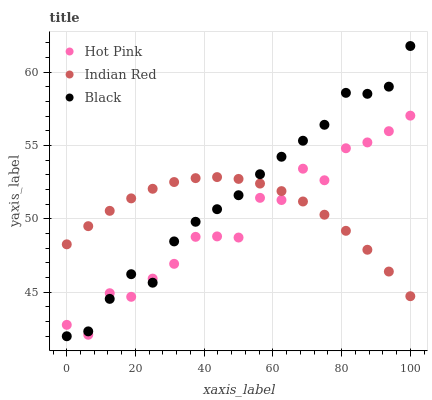
| xaxis_label | Hot Pink | Indian Red | Black |
 | --- | --- | --- | --- |
 | 0 | 42.8 | 48.3 | 42 |
 | 6.25 | 42.1 | 49.5 | 42.3 |
 | 12.5 | 44.9 | 50.5 | 44.5 |
 | 18.8 | 44.7 | 51.4 | 46.2 |
 | 25 | 45.9 | 52 | 45.6 |
 | 31.2 | 46.9 | 52.5 | 48.5 |
 | 37.5 | 48.8 | 52.8 | 49.8 |
 | 43.8 | 48.8 | 52.8 | 50.7 |
 | 50 | 48.7 | 52.7 | 51.6 |
 | 56.2 | 51.4 | 52.4 | 53 |
 | 62.5 | 51.3 | 51.9 | 54.2 |
 | 68.8 | 53.4 | 51.2 | 55.3 |
 | 75 | 52.6 | 50.3 | 56.4 |
 | 81.2 | 54.8 | 49.2 | 58.6 |
 | 87.5 | 55.2 | 47.9 | 58.5 |
 | 93.8 | 56 | 46.4 | 59 |
 | 100 | 57 | 44.7 | 61.8 |